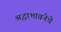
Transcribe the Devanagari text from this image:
श्रद्धाभावनेचे